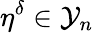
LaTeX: \eta^{\delta}\in\mathcal{Y}_{n}